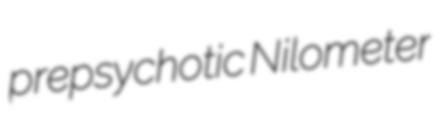
prepsychotic Nilometer